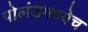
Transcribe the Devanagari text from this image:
पोलंडमध्येच